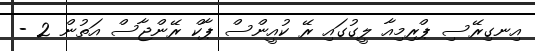
އިނގިރޭސި ޕްރިމިއާ ލީގުގައި ރޭ ކުއީންސް ޕާކް ރޭންޖާސް އަތުން 2 -